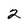
Character: 2